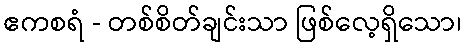
ဧကစရံ - တစ်စိတ်ချင်းသာ ဖြစ်လေ့ရှိသော၊